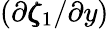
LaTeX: (\partial\pmb{\zeta}_{1}/\partial y)